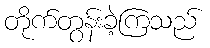
တိုက်တွန်းခဲ့ကြသည်